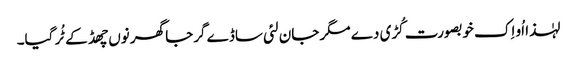
لہٰذا اُو اِک خوبصورت کُڑی دے مگر جان لئی ساڈے گرجا گھر نوں چھڈ کے ٹُر گیا۔